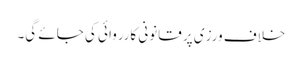
خلاف ورزی پر قانونی کارروائی کی جائے گی۔